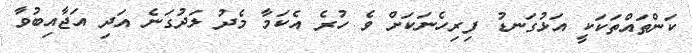
ކަންތައްތަކަކީ އަޅުގަނޑު ފިރިހެނަކަށް ވެ ހުރެ އެކަމާ މެދު ލަދުގަނެ އަދި އަޖާއިބުވާ